Civil Veterinary Department Bihar & Orissa reports 1929-36 - 1929-1936
Year: 1929
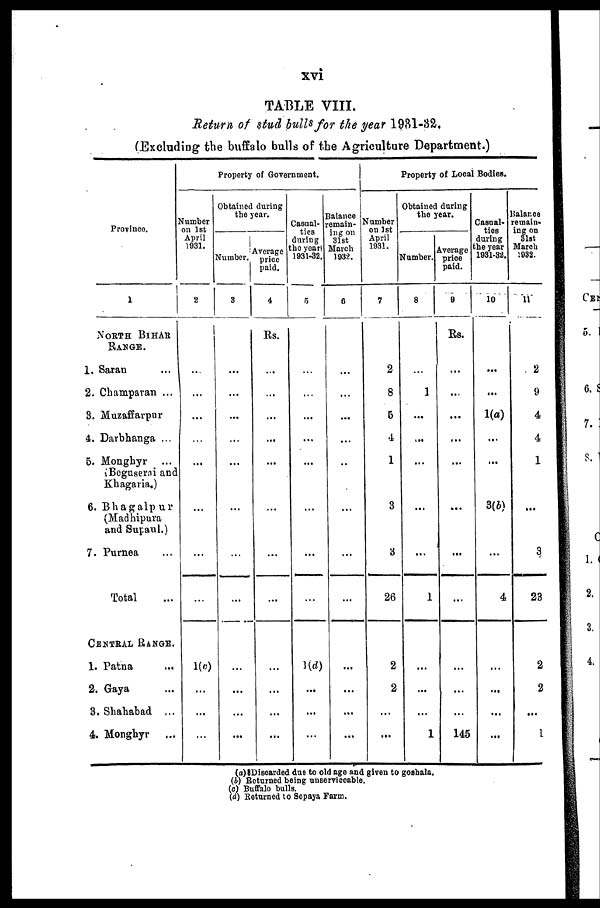
xvi
TABLE VIII.
Return of stud bulls for the year 1981-32.
(Excluding the buffalo bulls of the Agriculture Department.)
Province.
1
NORTH BIHAR
RANGE.
1. Saran ...
2. Champaran ...
3. Muzaffarpur
4. Darbhanga ...
5. Monghyr ...
(Beguserai and
Khagaria.)
6. Bhagalpur
(Madhipura
and Supaul.)
7. Purnea ...
Total ...
CENTRAL RANGE.
1. Patna ...
2. Gaya ...
3. Shahabad ...
4. Mongbyr ...
Property of Government.
Number
on 1st
April
1031.
2
...
...
...
...
...
...
...
...
1(c)
...
...
...
Obtained during
the year.
Number.
8
...
...
...
...
...
...
...
...
...
...
...
...
Average
price
paid.
4
Rs.
...
...
...
...
...
...
...
...
...
...
...
...
Casual-
ties
during
the year
1931-32.
5
...
...
...
...
...
...
...
...
1(d)
...
...
...
Balance
remain-
ing on
31st
March
1032.
6
...
...
...
...
...
...
...
...
...
...
...
...
Property of Local Bodies.
Number
on 1st
April
1931.
7
2
8
5
4
1
3
3
26
2
2
...
...
Obtained daring
the year.
Number.
8
...
1
...
...
...
...
...
1
...
...
...
1
Average
price
paid.
9
Rs.
...
...
...
...
...
...
...
...
...
...
...
145
Casual-
ties
daring
the year
1931-32.
10
...
...
1(a)
...
...
3(6)
...
4
...
...
...
...
Balance
remain-
ing on
Slat
March
1932.
11
2
9
4
4
1
...
3
23
2
2
...
1
(a) Discarded due to old age and given to goshala.
(b) Returned being unserviceable.
(c) Buffalo bulls.
(d) Returned to Sopaya Farm.